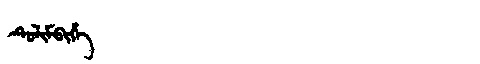
Manchu: ᡨᡠᠯᡳᠮᠪᡳᡥᡝ
Romanization: TULIMBIHE